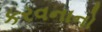
કરવનાનો